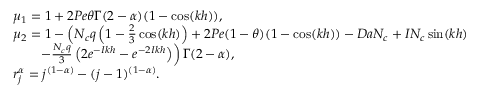
\begin{array} { r l } & { \mu _ { 1 } = 1 + 2 P e \theta \Gamma ( 2 - \alpha ) ( 1 - \cos ( k h ) ) , } \\ & { \mu _ { 2 } = 1 - \left( N _ { c } q \left( 1 - \frac { 2 } { 3 } \cos ( k h ) \right) + 2 P e ( 1 - \theta ) ( 1 - \cos ( k h ) ) - D a N _ { c } + I N _ { c } \sin ( k h ) \right. } \\ & { \left. \qquad - \frac { N _ { c } q } { 3 } \left( 2 e ^ { - I k h } - e ^ { - 2 I k h } \right) \right) \Gamma ( 2 - \alpha ) , } \\ & { r _ { j } ^ { \alpha } = j ^ { ( 1 - \alpha ) } - ( j - 1 ) ^ { ( 1 - \alpha ) } . } \end{array}